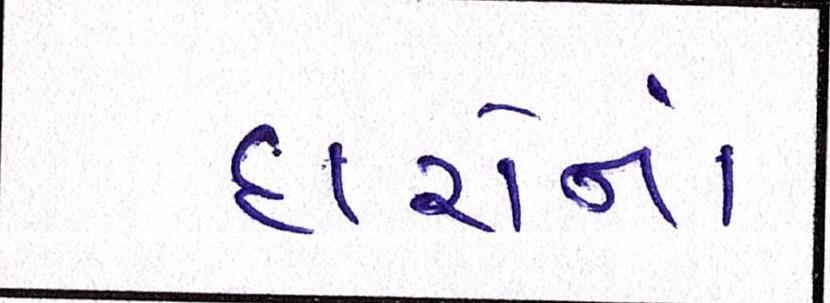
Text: દારોનાં